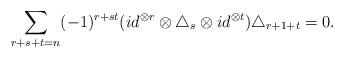
LaTeX: \begin{align*}\sum_{r+s+t=n} (-1)^{r+st}( {id}^{\otimes r}\otimes\triangle_{s}\otimes id^{\otimes t})\triangle_{r+1+t}=0.\end{align*}